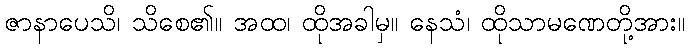
ဇာနာပေသိ၊ သိစေ၏။ အထ၊ ထိုအခါမှ။ နေသံ၊ ထိုသာမဏေတို့အား။